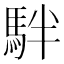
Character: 𩢔